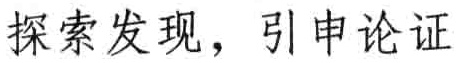
探索发现，引申论证